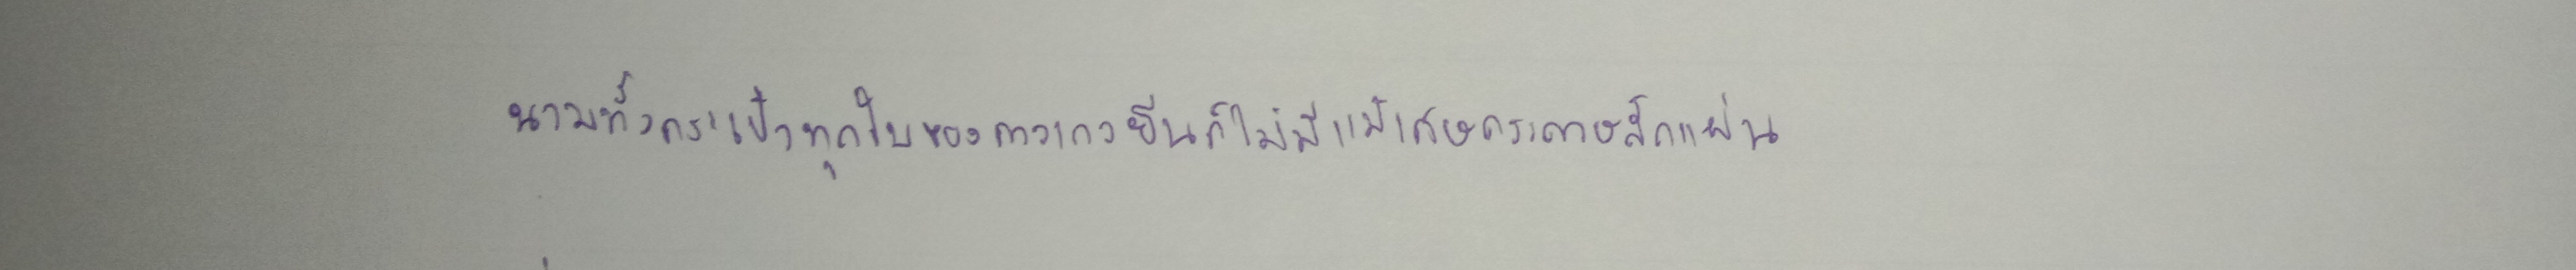
นวมทั้งกระเป๋าทุกใบของกางเกงยีนก็ไม่มีแม้เศษกระดาษสักแผ่น